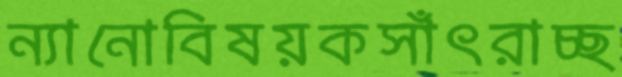
ন্যানোবিষয়কসাঁৎরাচ্ছ